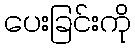
ပေးခြင်းကို